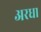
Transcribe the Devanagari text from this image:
अरधा